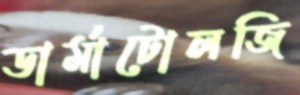
ডার্মাটোলজি